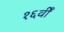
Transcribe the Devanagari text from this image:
१६वीँ